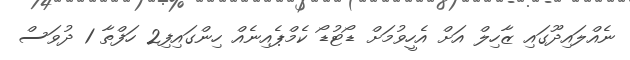
ނެއްލައިދޫގައި ޒާހިލް އަށް އެހީވުމަށް ޑޯޓުޑޯ ކެމްޕެއިނެއް ހިންގައިފި2 ހަފްތާ 1 ދުވަސް